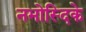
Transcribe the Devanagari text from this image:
नभोस्दिके